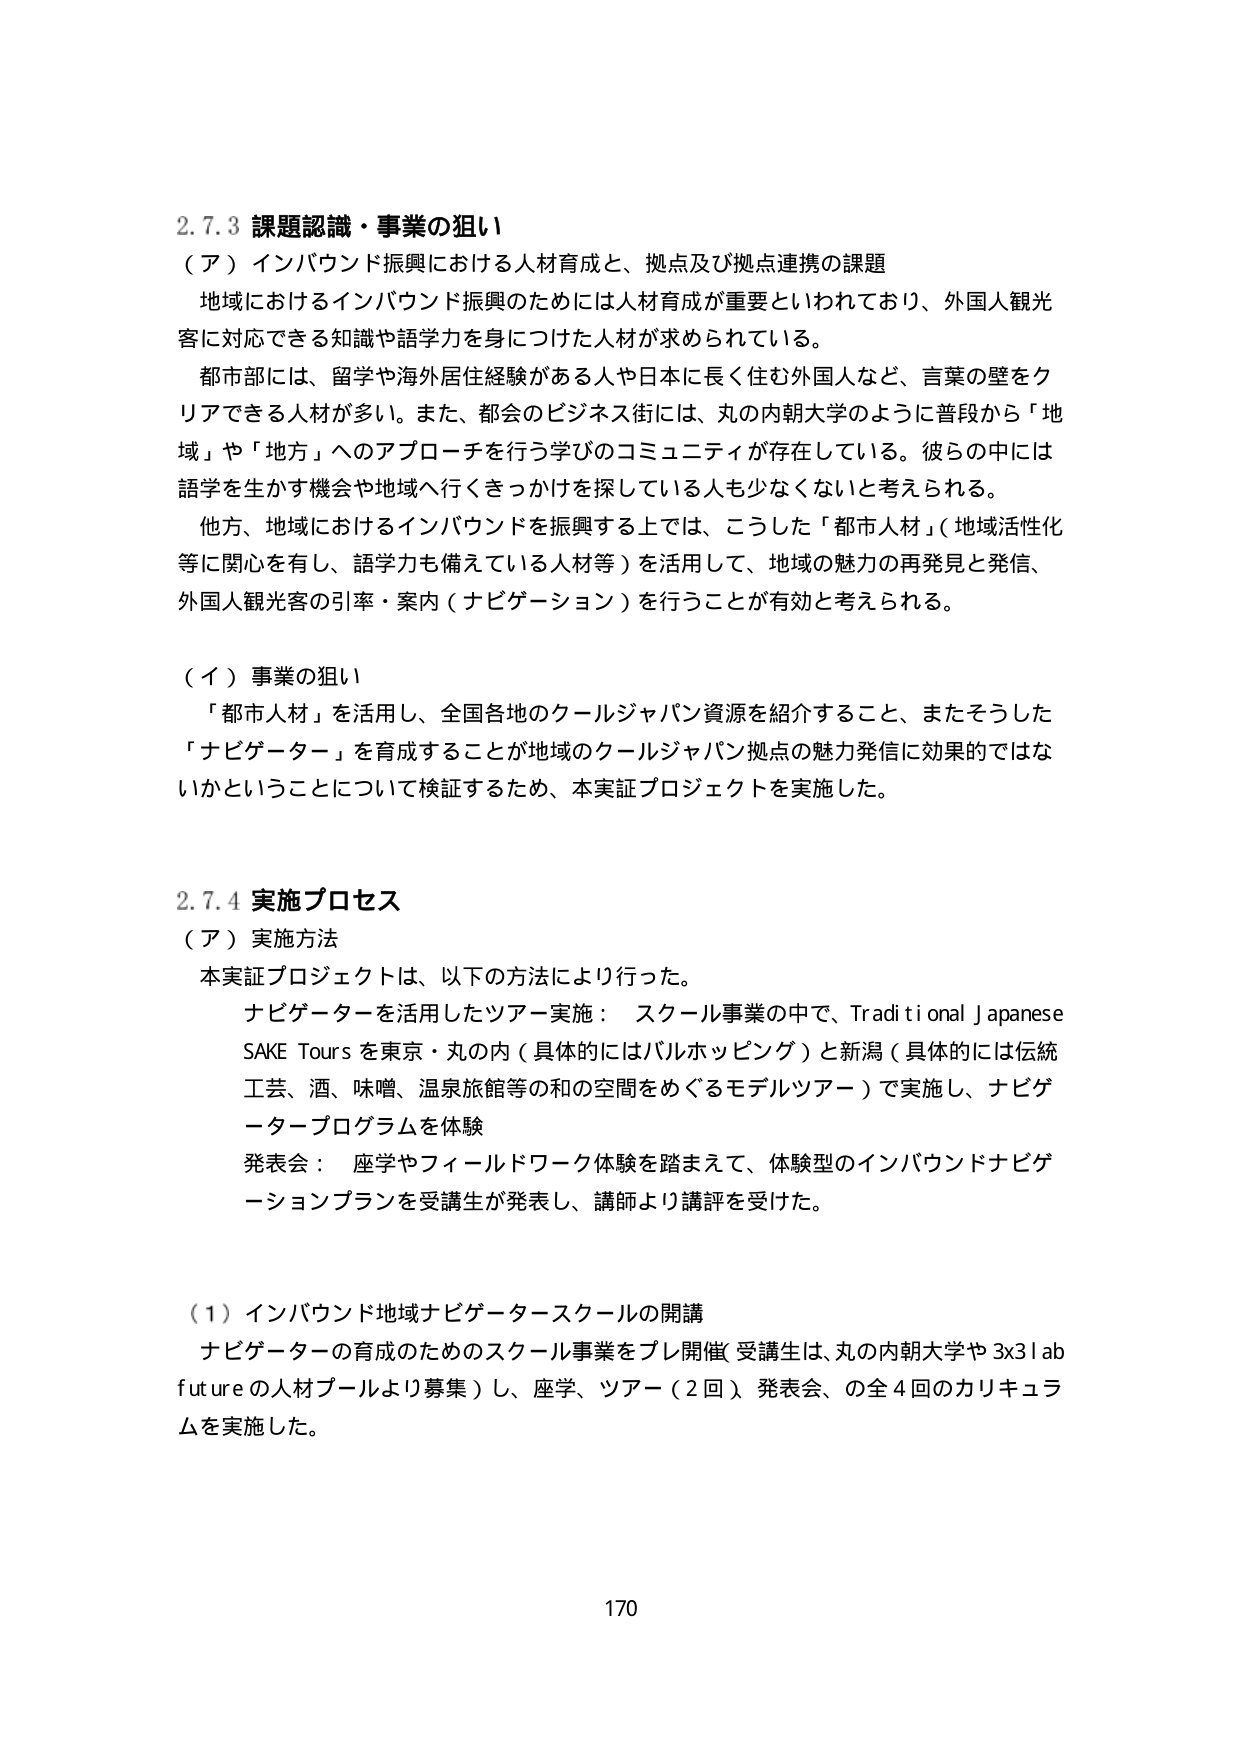
2.7.3 課題認識・事業の狙い
（ア）インバウンド振興における人材育成と、拠点及び拠点連携の課題
地域におけるインバウンド振興のためには人材育成が重要といわれており、外国人観光客に対応できる知識や語学力を身につけた人材が求められている。
都市部には、留学や海外居住経験がある人や日本に長く住む外国人など、言葉の壁をクリアできる人材が多い。また、都会のビジネス街には、丸の内朝大学のように普段から「地域」や「地方」へのアプローチを行う学びのコミュニティが存在している。彼らの中には語学を生かす機会や地域へ行くきっかけを探している人も少なくないと考えられる。
他方、地域におけるインバウンドを振興する上では、こうした「都市人材」（地域活性化等に関心を有し、語学力も備えている人材等）を活用して、地域の魅力の再発見と発信、外国人観光客の引率・案内（ナビゲーション）を行うことが有効と考えられる。

（イ）事業の狙い
「都市人材」を活用し、全国各地のクールジャパン資源を紹介すること、またそうした「ナビゲーター」を育成することが地域のクールジャパン拠点の魅力発信に効果的ではないかということについて検証するため、本実証プロジェクトを実施した。

2.7.4 実施プロセス
（ア）実施方法
本実証プロジェクトは、以下の方法により行った。
ナビゲーターを活用したツアー実施： スクール事業の中で、Traditional Japanese SAKE Tours を東京・丸の内（具体的にはバルホッピング）と新潟（具体的には伝統工芸、酒、味噌、温泉旅館等の和の空間をめぐるモデルツアー）で実施し、ナビゲータープログラムを体験
発表会： 座学やフィールドワーク体験を踏まえて、体験型のインバウンドナビゲーションプランを受講生が発表し、講師より講評を受けた。

（1）インバウンド地域ナビゲータースクールの開講
ナビゲーターの育成のためのスクール事業をプレ開催（受講生は、丸の内朝大学や3x31ab futureの人材プールより募集）し、座学、ツアー（2回）、発表会、の全4回のカリキュラムを実施した。

170